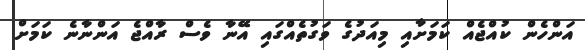
އަންހެން ކުއްޖެއް ކަމަށާއި މިއަދުގެ ވަގުތެއްގައި އޭނާ ވެސް ރާއްޖެ އަންނާނެ ކަމަށް